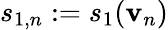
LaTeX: s_{1,n}:=s_{1}(\mathbf{v}_{n})